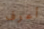
أعرف